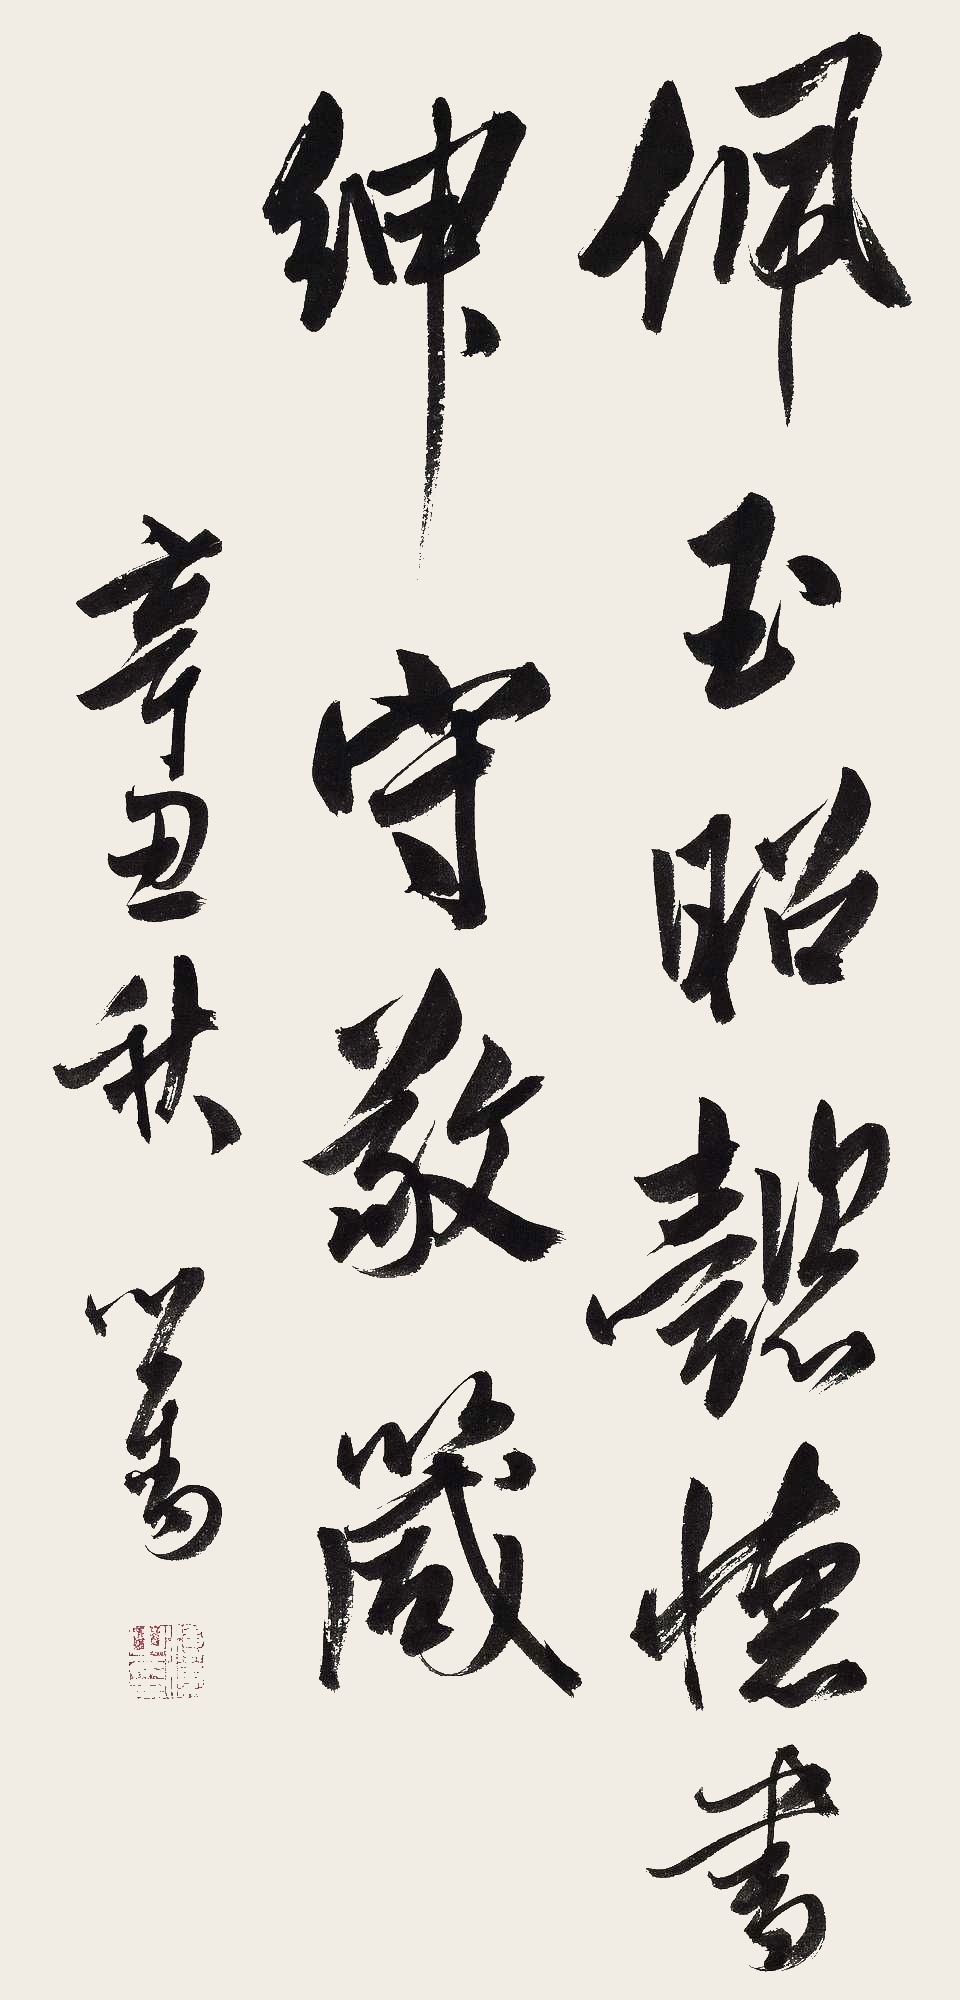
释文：佩玉昭懿德，书绅守敬箴。辛丑秋。心畬。